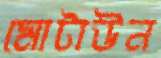
মোটাউন